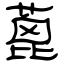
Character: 蓖